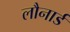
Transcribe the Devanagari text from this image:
लौनार्ड